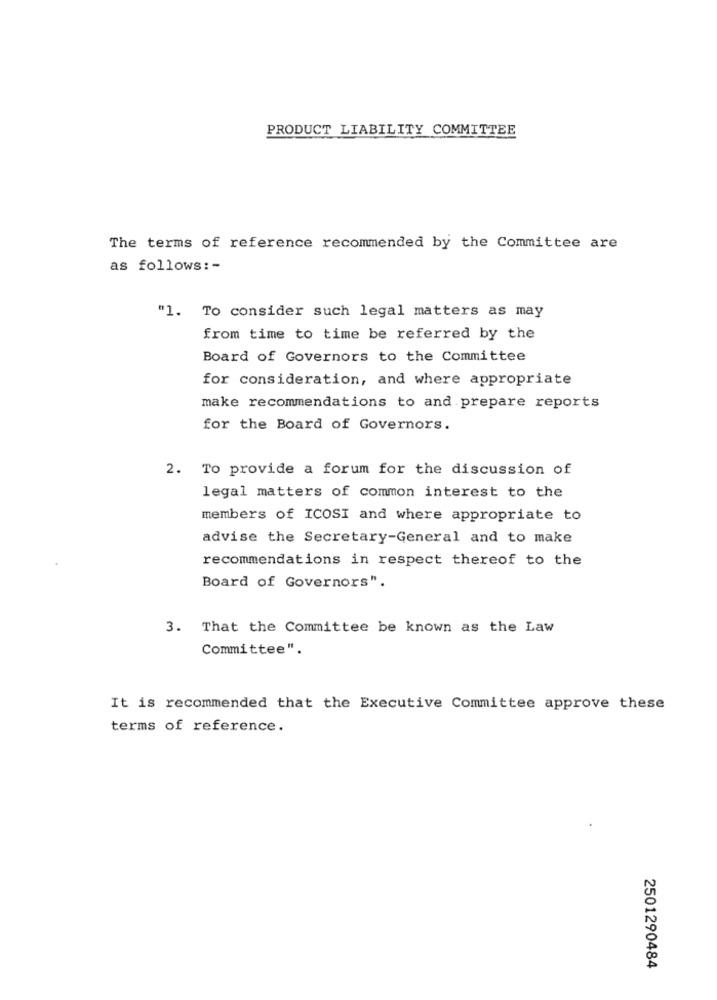
PRODUCT LIABILITY COMMITTEE
The terms of reference recommended by the Committee are
as follows: -
"1. To consider such legal matters as may
from time to time be referred by the
Board of Governors to the Committee
for consideration, and where appropriate
make recommendations to and prepare reports
for the Board of Governors.
2. To provide a forum for the discussion of
legal matters of common interest to the
members of ICOSI and where appropriate to
advise the Secretary-General and to make
recommendations in respect thereof to the
Board of Governors".
3. That the Committee be known as the Law
Committee".
It is recommended that the Executive Committee approve these
terms of reference.
2501290484